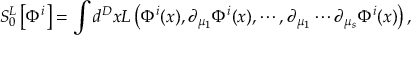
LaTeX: S _ { 0 } ^ { L } \left[ \Phi ^ { i } \right] = \int d ^ { D } x L \left( \Phi ^ { i } ( x ) , \partial _ { \mu _ { 1 } } \Phi ^ { i } ( x ) , \cdots , \partial _ { \mu _ { 1 } } \cdots \partial _ { \mu _ { s } } \Phi ^ { i } ( x ) \right) ,